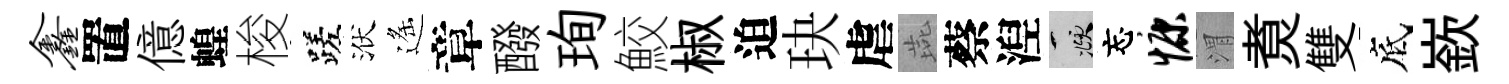
鑫置億蝗梭蹉洑遙章醱珣鮫椒迫玦虐燕蔡湼頫忘慷渭煑雙底嶔